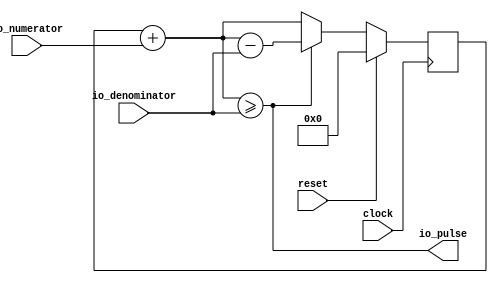
module PWM( // @[:@3.2]
  input         clock, // @[:@4.4]
  input         reset, // @[:@5.4]
  input  [11:0] io_numerator, // @[:@6.4]
  input  [11:0] io_denominator, // @[:@6.4]
  output        io_pulse // @[:@6.4]
);
  reg [11:0] _T_13; // @[PWM.scala 12:32:@8.4]
  reg [31:0] _RAND_0;
  wire [12:0] _T_14; // @[PWM.scala 13:35:@9.4]
  wire [11:0] _T_15; // @[PWM.scala 13:35:@10.4]
  wire  _T_16; // @[PWM.scala 14:25:@11.4]
  wire [12:0] _T_17; // @[PWM.scala 15:38:@13.4]
  wire [12:0] _T_18; // @[PWM.scala 15:38:@14.4]
  wire [11:0] _T_19; // @[PWM.scala 15:38:@15.4]
  wire [11:0] _T_20; // @[PWM.scala 15:17:@16.4]
  assign _T_14 = _T_13 + io_numerator; // @[PWM.scala 13:35:@9.4]
  assign _T_15 = _T_14[11:0]; // @[PWM.scala 13:35:@10.4]
  assign _T_16 = _T_15 >= io_denominator; // @[PWM.scala 14:25:@11.4]
  assign _T_17 = _T_15 - io_denominator; // @[PWM.scala 15:38:@13.4]
  assign _T_18 = $unsigned(_T_17); // @[PWM.scala 15:38:@14.4]
  assign _T_19 = _T_18[11:0]; // @[PWM.scala 15:38:@15.4]
  assign _T_20 = io_pulse ? _T_19 : _T_15; // @[PWM.scala 15:17:@16.4]
  assign io_pulse = _T_16;
`ifdef RANDOMIZE_GARBAGE_ASSIGN
`define RANDOMIZE
`endif
`ifdef RANDOMIZE_INVALID_ASSIGN
`define RANDOMIZE
`endif
`ifdef RANDOMIZE_REG_INIT
`define RANDOMIZE
`endif
`ifdef RANDOMIZE_MEM_INIT
`define RANDOMIZE
`endif
`ifdef RANDOMIZE
  integer initvar;
  initial begin
    `ifndef verilator
      #0.002 begin end
    `endif
  `ifdef RANDOMIZE_REG_INIT
  _RAND_0 = {1{$random}};
  _T_13 = _RAND_0[11:0];
  `endif // RANDOMIZE_REG_INIT
  end
`endif // RANDOMIZE
  always @(posedge clock) begin
    if (reset) begin
      _T_13 <= 12'h0;
    end else begin
      if (io_pulse) begin
        _T_13 <= _T_19;
      end else begin
        _T_13 <= _T_15;
      end
    end
  end
endmodule